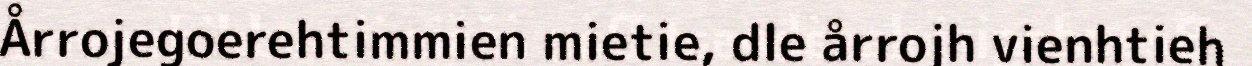
Årrojegoerehtimmien mietie, dle årrojh vienhtieh